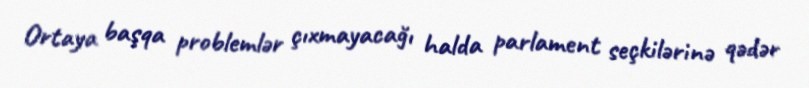
Ortaya başqa problemlər çıxmayacağı halda parlament seçkilərinə qədər